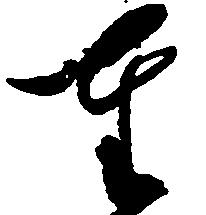
奉